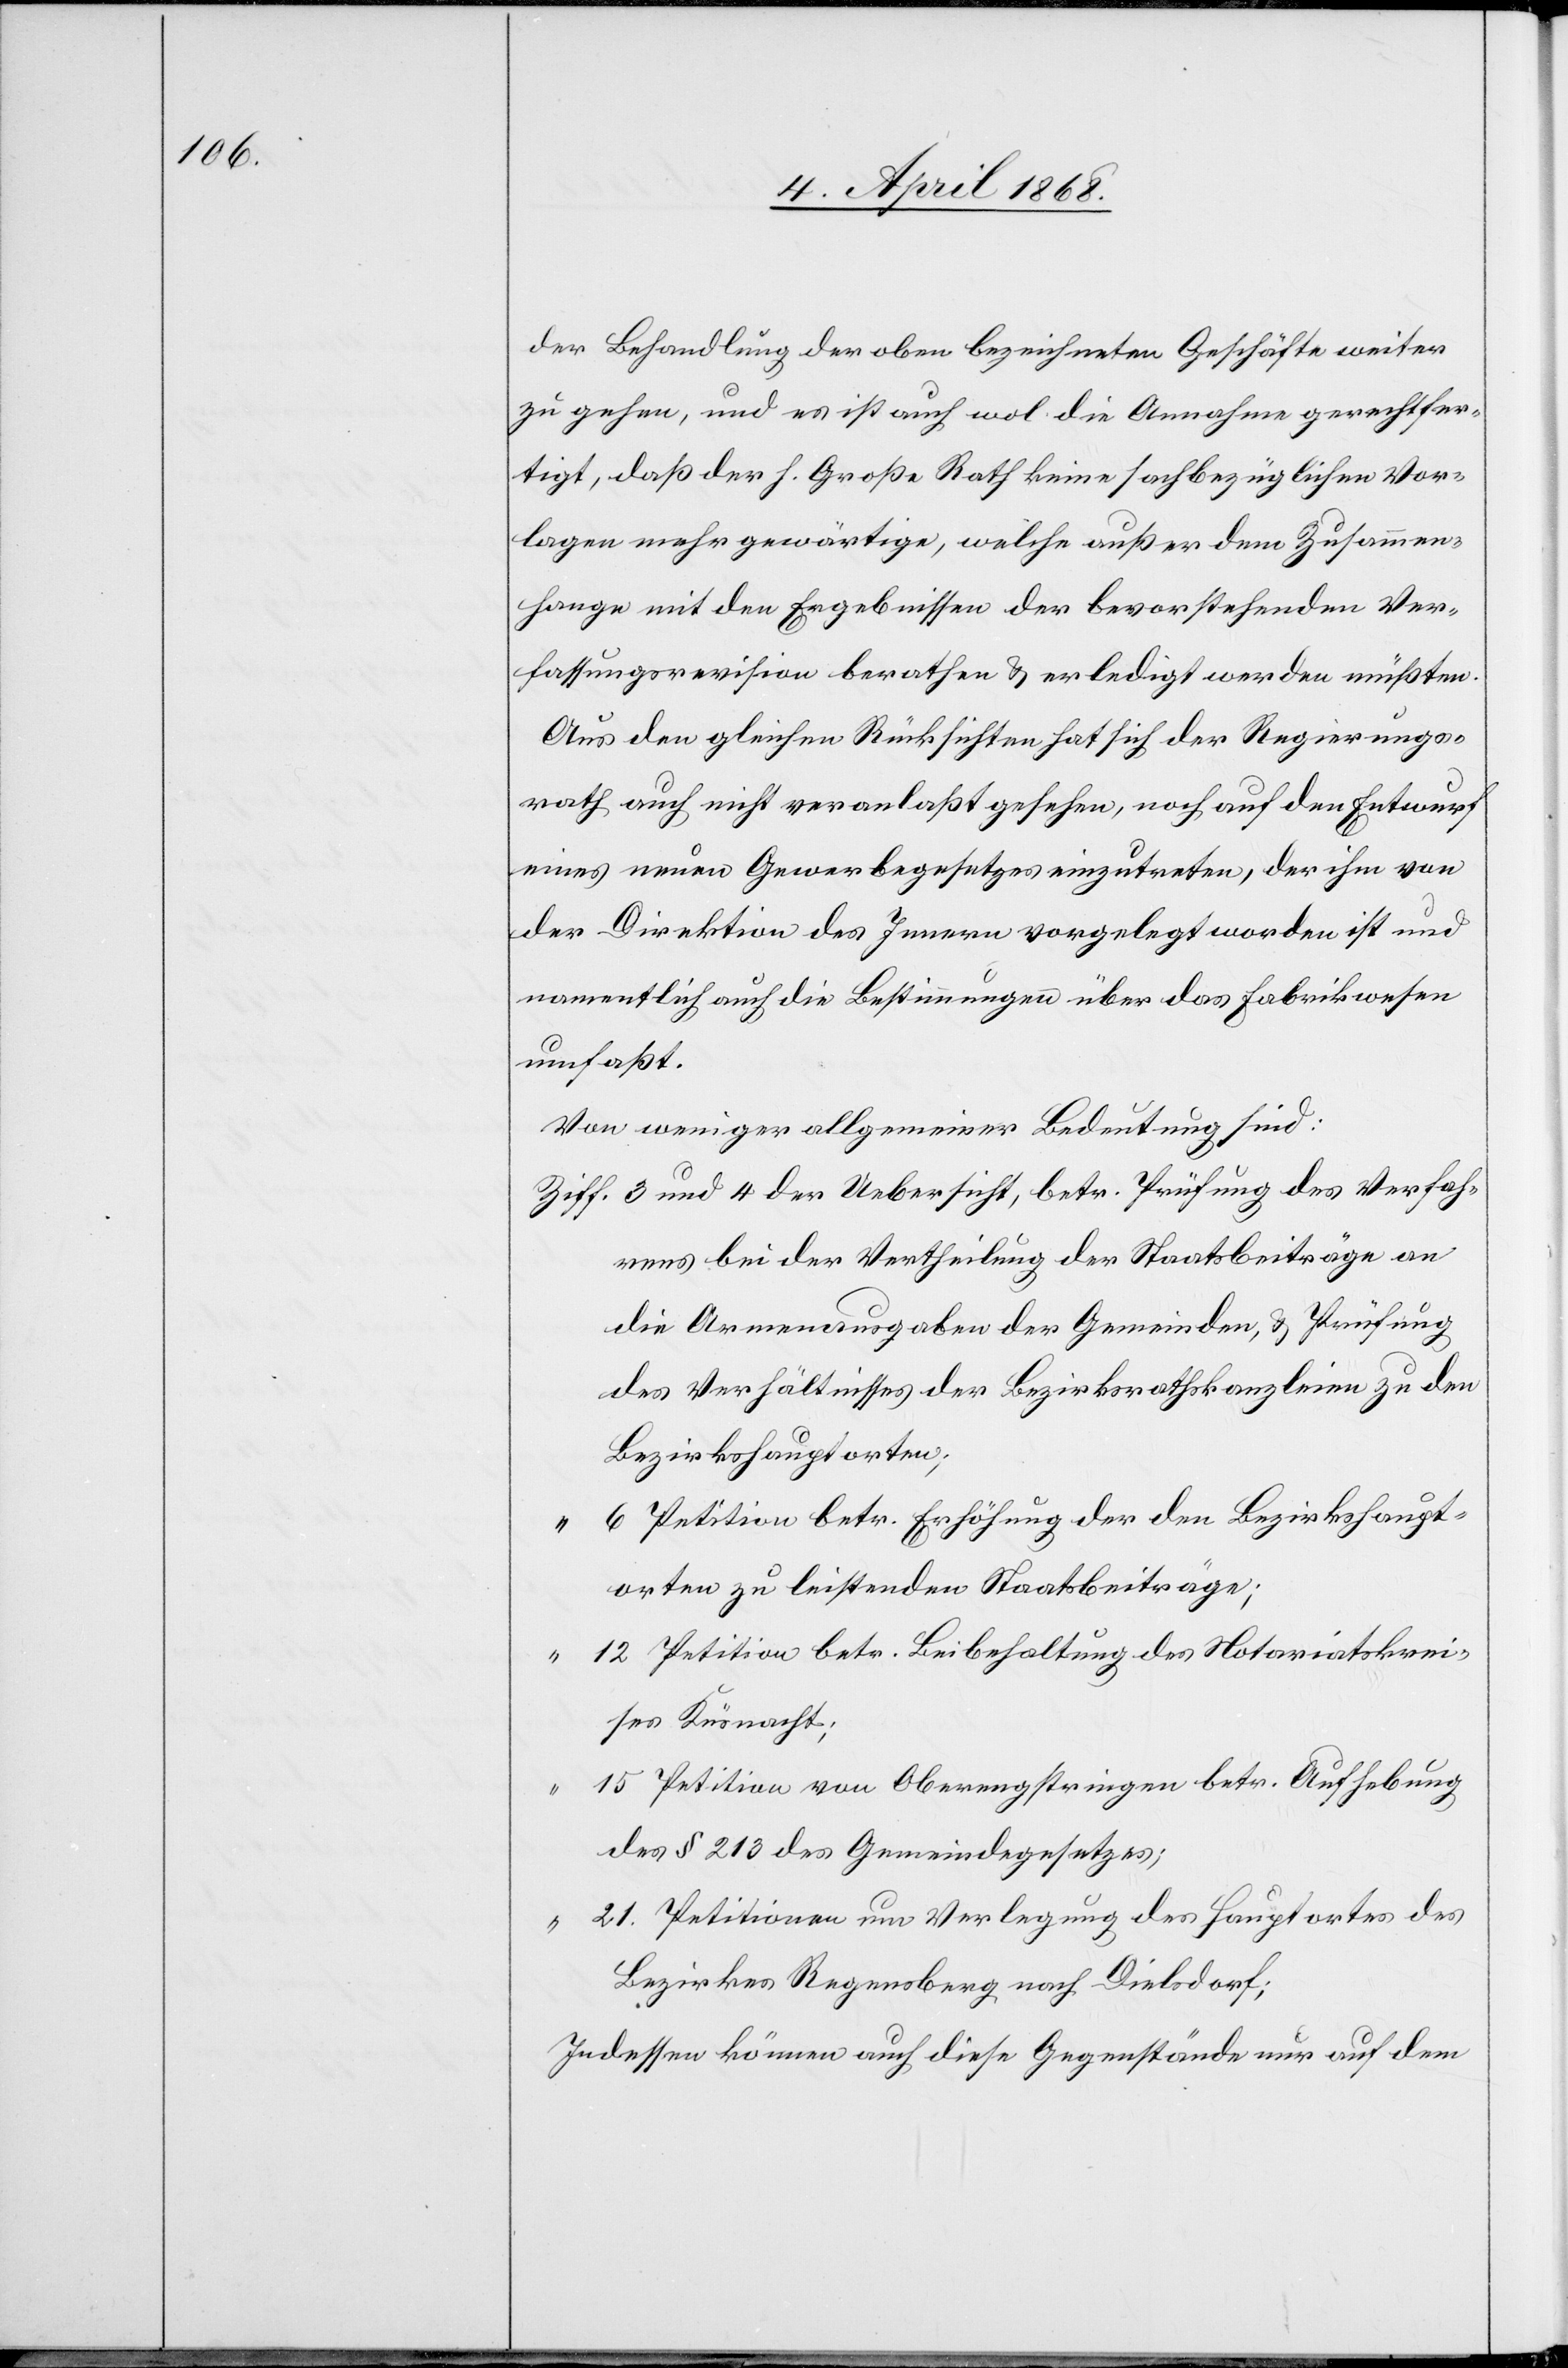
der Behandlung der oben bezeichneten Geschäfte weiter
zu gehen, und es ist auch wol die Annahme gerechtfer¬
tigt, daß der h. Große Rath keine sachbezüglichen Vor¬
lagen mehr gewärtige, welche außer dem Zusammen¬
hange mit den Ergebnissen der bevorstehenden Ver¬
fassungsrevision berathen & erledigt werden müßten.
Aus den gleichen Rücksichten hat sich der Regierungs¬
rath auch nicht veranlaßt gesehen, noch auf den Entwurf
eines neuen Gewerbegesetzes einzutreten, der ihm von
der Direktion des Innern vorgelegt worden ist und
namentlich auch die Bestimmungen über das Fabrikwesen
umfaßt.
Von weniger allgemeiner Bedeutung sind:
3 und 4 der Uebersicht, betr. Prüfung des Verfah¬
rens bei der Vertheilung der Staatsbeiträge an
die Armenausgaben der Gemeinden, & Prüfung
des Verhältnisses der Bezirksrathskanzleien zu den
Bezirkshauptorten;
6 Petition betr. Erhöhung der den Bezirkshaupt¬
orten zu leistenden Staatsbeiträge[n];
12 Petition betr. Beibehaltung des Notariatskrei¬
ses Küsnacht;
15 Petition von Oberengstringen betr. Aufhebung
des § 213 des Gemeindegesetzes;
21. Petitionen um Verlegung des Hauptortes des
Bezirkes Regensberg nach Dielsdorf;
Indessen können auch diese Gegenstände nur auf dem